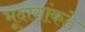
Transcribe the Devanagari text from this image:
भूदासांकडे